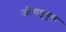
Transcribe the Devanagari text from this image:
जीवाणूयुक्त